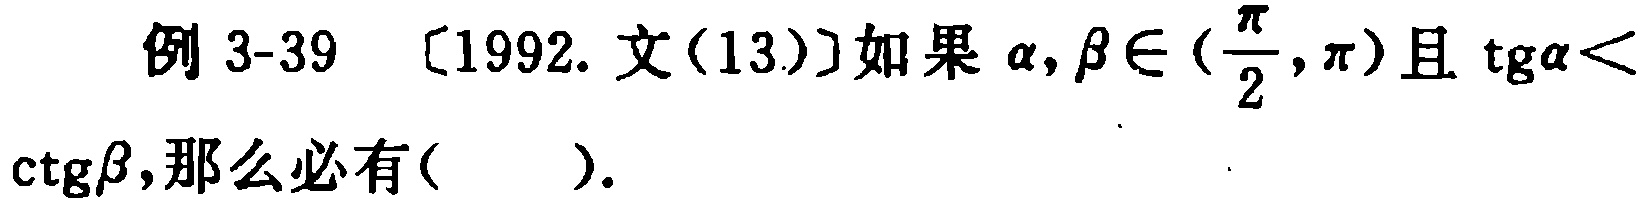
例 3-39 [1992. 文(13)]如果\(\alpha,\beta\in(\frac{\pi}{2},\pi)\)且\(\mathrm{tg}\alpha<\mathrm{ctg}\beta\),那么必有(  ).